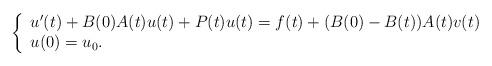
LaTeX: \begin{align*} \left\{\begin{array}{l}u'(t)+B(0)A(t)u(t) + P(t) u(t) = f(t)+(B(0)-B(t))A(t)v(t)\\ u(0)=u_0. \end{array}\right.\end{align*}